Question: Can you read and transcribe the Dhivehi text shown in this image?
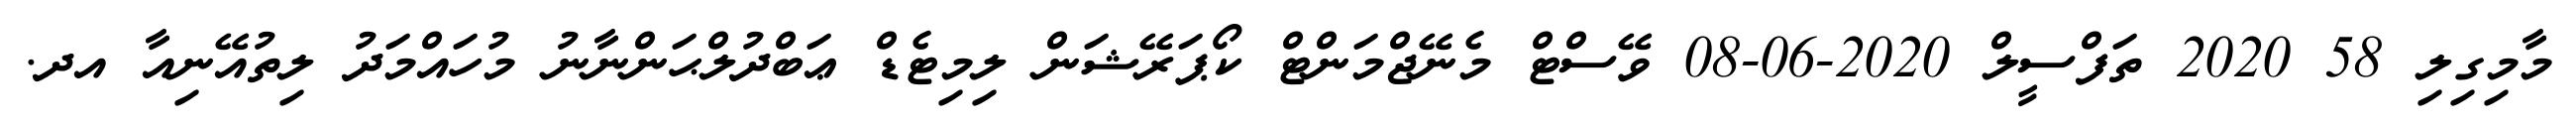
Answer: މާމިގިލި 58 2020 ތަފްސީލް 2020-06-08 ވޭސްޓް މެނޭޖްމަންޓް ކޯޕަރޭޝަން ލިމިޓެޑް ޢަބްދުލްޙަންނާނު މުހައްމަދު ލިތުއޭނިއާ އދ.